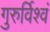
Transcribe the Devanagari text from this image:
गुरुर्विश्वं